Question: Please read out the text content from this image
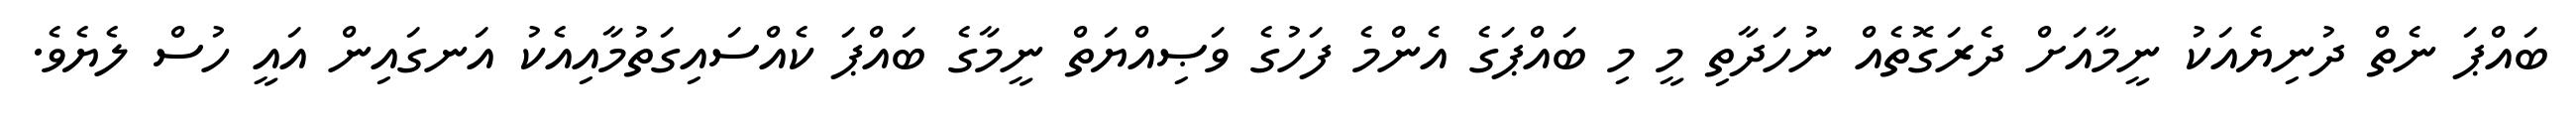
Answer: ބައްޕަ ނެތް ދުނިޔެއަކު ނީމާއަށް ދެރަގޮތެއް ނުހަދާތި މީ މި ބައްޕަގެ އެންމެ ފަހުގެ ވަޞިއްޔަތް ނީމާގެ ބައްޕަ ކެއްސައިގަތުމާއިއެކު އަނގައިން އައީ ހުސް ލެޔެވެ.